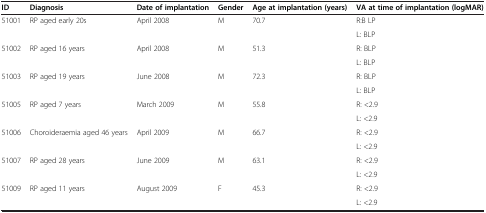
| ID | Diagnosis | Date of implantation | Gender | Age at implantation (years) | VA at time of implantation (logMAR) |
 | --- | --- | --- | --- | --- | --- |
 | <ROWSPAN=2> 51001 | <ROWSPAN=2> RP aged early 20s | <ROWSPAN=2> April 2008 | <ROWSPAN=2> M | <ROWSPAN=2> 70.7 | R:B LP |
 | L: BLP |
 | <ROWSPAN=2> 51002 | <ROWSPAN=2> RP aged 16 years | <ROWSPAN=2> April 2008 | <ROWSPAN=2> M | <ROWSPAN=2> 51.3 | R: BLP |
 | L: BLP |
 | <ROWSPAN=2> 51003 | <ROWSPAN=2> RP aged 19 years | <ROWSPAN=2> June 2008 | <ROWSPAN=2> M | <ROWSPAN=2> 72.3 | R: BLP |
 | L: BLP |
 | <ROWSPAN=2> 51005 | <ROWSPAN=2> RP aged 7 years | <ROWSPAN=2> March 2009 | <ROWSPAN=2> M | <ROWSPAN=2> 55.8 | R: <2.9 |
 | L: <2.9 |
 | <ROWSPAN=2> 51006 | <ROWSPAN=2> Choroideraemia aged 46 years | <ROWSPAN=2> April 2009 | <ROWSPAN=2> M | <ROWSPAN=2> 66.7 | R: <2.9 |
 | L: <2.9 |
 | <ROWSPAN=2> 51007 | <ROWSPAN=2> RP aged 28 years | <ROWSPAN=2> June 2009 | <ROWSPAN=2> M | <ROWSPAN=2> 63.1 | R: <2.9 |
 | L: <2.9 |
 | <ROWSPAN=2> 51009 | <ROWSPAN=2> RP aged 11 years | <ROWSPAN=2> August 2009 | <ROWSPAN=2> F | <ROWSPAN=2> 45.3 | R: <2.9 |
 | L: <2.9 |